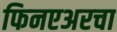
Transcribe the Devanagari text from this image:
फिनएअरचा